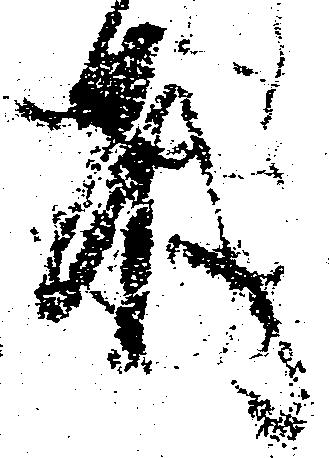
殿